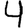
Digit: 4